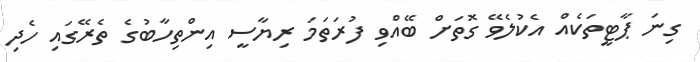
ގިނަ ޕާޓީތަކެއް އެކުލެވޭ ގޮތަށް ބޭއްވި ފުރަތަމަ ރިޔާސީ އިންތިހާބުގެ ތެރޭގައި ހެދި